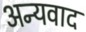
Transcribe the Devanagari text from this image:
अन्यवाद